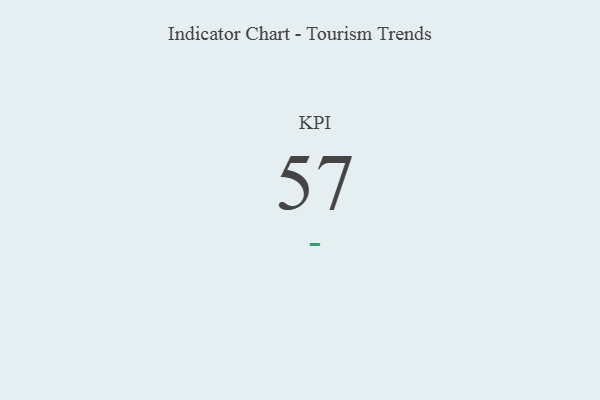
{"axis": {"x": "KPI", "y": "Value"}, "legend": [""], "data": [{"x": "KPI", "y": 57, "type": ""}]}